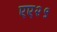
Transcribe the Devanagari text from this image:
एए२९